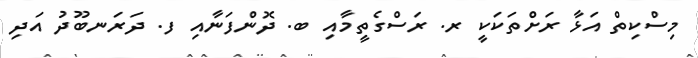
މިސްކިތް އަޅާ ރަށްތަކަކީ ރ. ރަސްގެތީމާއި ބ. ދޮންފަނާއި ފ. ދަރަނބޫދު އަދި